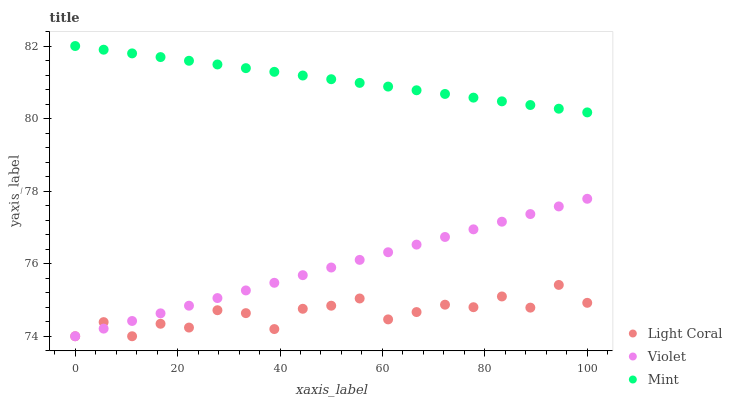
| xaxis_label | Light Coral | Violet | Mint |
 | --- | --- | --- | --- |
 | 0 | 74 | 74 | 82 |
 | 5.56 | 74.4 | 74.2 | 81.9 |
 | 11.1 | 74 | 74.4 | 81.8 |
 | 16.7 | 74.3 | 74.6 | 81.7 |
 | 22.2 | 74.2 | 74.8 | 81.6 |
 | 27.8 | 74.7 | 75.1 | 81.5 |
 | 33.3 | 74.6 | 75.3 | 81.4 |
 | 38.9 | 74.2 | 75.5 | 81.3 |
 | 44.4 | 74.8 | 75.7 | 81.2 |
 | 50 | 74.8 | 75.9 | 81.1 |
 | 55.6 | 75 | 76.1 | 81 |
 | 61.1 | 74.5 | 76.3 | 80.9 |
 | 66.7 | 74.7 | 76.5 | 80.8 |
 | 72.2 | 74.9 | 76.7 | 80.7 |
 | 77.8 | 74.8 | 76.9 | 80.6 |
 | 83.3 | 75.1 | 77.2 | 80.5 |
 | 88.9 | 74.8 | 77.4 | 80.4 |
 | 94.4 | 75.4 | 77.6 | 80.3 |
 | 100 | 74.9 | 77.8 | 80.2 |